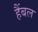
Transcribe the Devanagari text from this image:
हैंबल